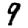
Digit: 9